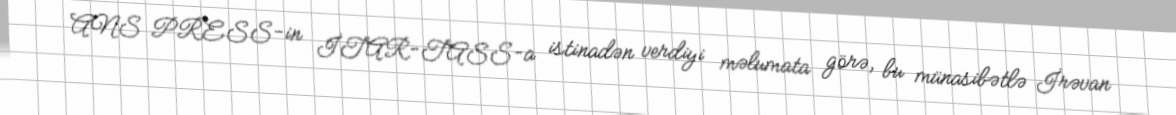
ANS PRESS-in İTAR-TASS-a istinadən verdiyi məlumata görə, bu münasibətlə İrəvan